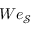
W e _ { \mathcal { S } }